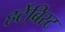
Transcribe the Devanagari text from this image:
हर्टेबिस्ट